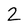
Character: 2